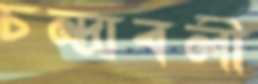
চন্দ্রাবলী